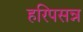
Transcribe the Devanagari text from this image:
हरिपसन्न